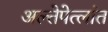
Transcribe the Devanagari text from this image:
अल्तेपेत्लांत